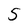
Character: 5